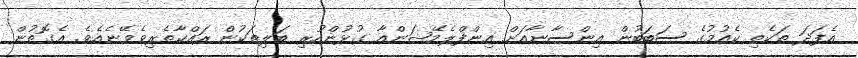
އެފަދަ ތަކެތި ކެއުމުގެ ސަބަބުން އިންސާނާއަށް އިންފްލެމޭޝަންއާ ގުޅުންހުރި ބަލިތަކުން ރައްކާތެރިވެވޭނެއެވެ. އެގޮތުން